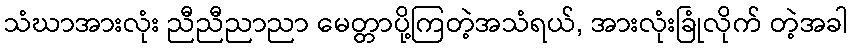
သံဃာအားလုံး ညီညီညာညာ မေတ္တာပို့ကြတဲ့အသံရယ်, အားလုံးခြုံလိုက် တဲ့အခါ